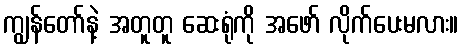
ကျွန်တော်နဲ့ အတူတူ ဆေးရုံကို အဖော် လိုက်ပေးမလား။